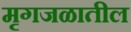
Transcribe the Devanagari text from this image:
मृगजळातील